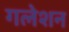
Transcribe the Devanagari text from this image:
गलेशन